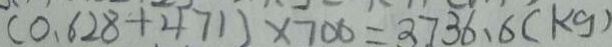
( 0 . 6 2 8 + 4 7 1 ) \times 7 0 0 = 3 7 3 6 . 6 ( k g )